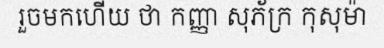
រួចមកហើយ ថា កញ្ញា សុភ័ក្រ កុសុម៉ា